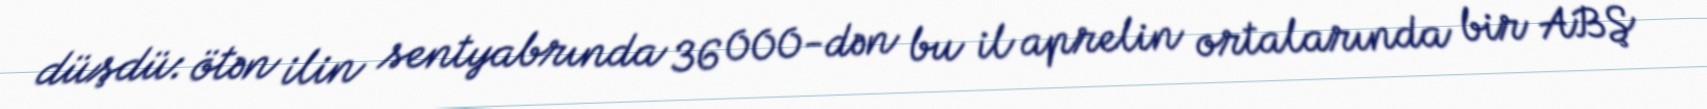
düşdü: ötən ilin sentyabrında 36 000-dən bu il aprelin ortalarında bir ABŞ